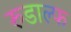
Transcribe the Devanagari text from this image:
रुडाल्फ